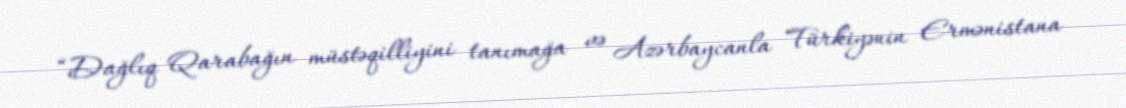
“Dağlıq Qarabağın müstəqilliyini tanımağa və Azərbaycanla Türkiyənin Ermənistana